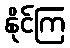
နိုင်ကြ